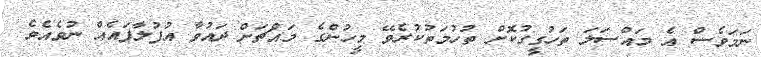
ނަމަވެސް އެ މައްސަލަ ތަހުގީގުކޮށް ތުހުމަތުކުރެވޭ މީހުންގެ މައްޗަށް ދައުވާ އުފުލާފައެއް ނުވެއެވެ.